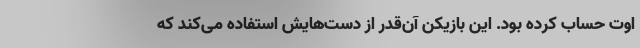
اوت حساب کرده بود. این بازیکن آن‌قدر از دست‌هایش استفاده می‌کند که